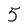
Character: 5